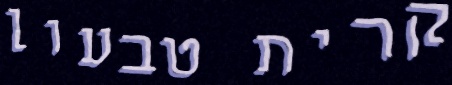
קרית טבעון